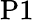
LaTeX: \mathrm{P}1